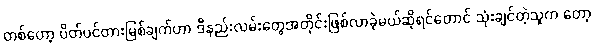
တစ်တော့ ပိတ်ပင်တားမြစ်ချက်ဟာ ဒီနည်းလမ်းတွေအတိုင်းဖြစ်လာခဲ့မယ်ဆိုရင်တောင် သုံးချင်တဲ့သူက တော့